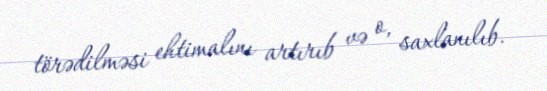
törədilməsi ehtimalını artırıb və o, saxlanılıb.